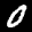
Label: 0